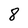
Character: 8